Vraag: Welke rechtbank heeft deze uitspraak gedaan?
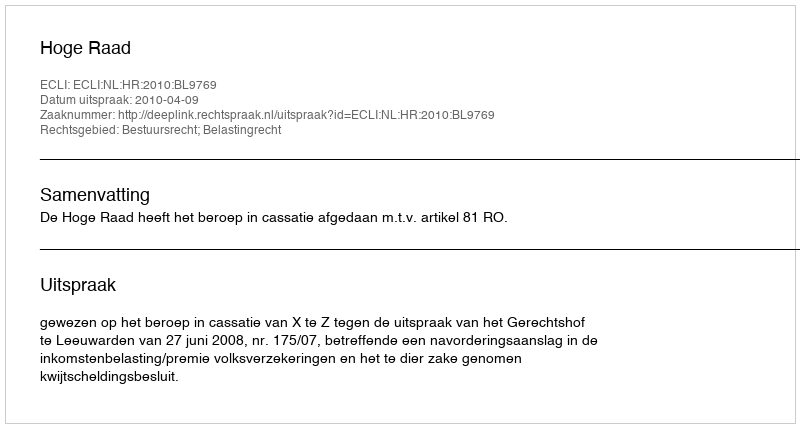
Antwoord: Hoge Raad